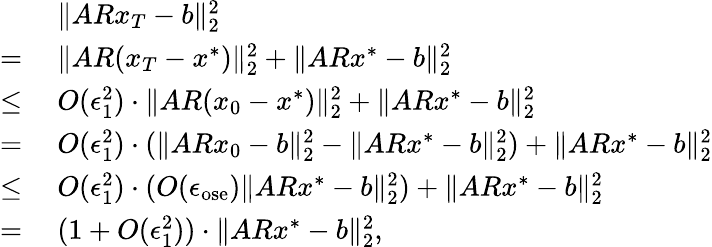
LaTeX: \begin{array}{rl}&{~\| ARx_{T}-b\| _{2}^{2}}\\ {=}&{~\| AR(x_{T}-x^{*})\| _{2}^{2}+\| ARx^{*}-b\| _{2}^{2}}\\ {\leq}&{~O(\epsilon_{1}^{2})\cdot\| AR(x_{0}-x^{*})\| _{2}^{2}+\| ARx^{*}-b\| _{2}^{2}}\\ {=}&{~O(\epsilon_{1}^{2})\cdot(\| ARx_{0}-b\| _{2}^{2}-\| ARx^{*}-b\| _{2}^{2})+\| ARx^{*}-b\| _{2}^{2}}\\ {\leq}&{~O(\epsilon_{1}^{2})\cdot(O(\epsilon_{\mathrm{ose}})\| ARx^{*}-b\| _{2}^{2})+\| ARx^{*}-b\| _{2}^{2}}\\ {=}&{~(1+O(\epsilon_{1}^{2}))\cdot\| ARx^{*}-b\| _{2}^{2},}\end{array}